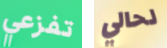
تفزعي لحالي